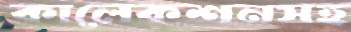
কালেকশনসহ